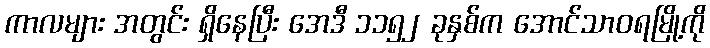
ကာလများ အတွင်း ရှိနေပြီး အေဒီ ၁၁၅၂ ခုနှစ်က အောင်သာဝရမြို့ကို